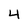
Character: 4